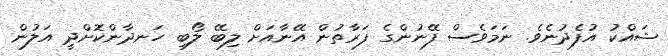
ޝައްކު އުފެދުނެވެ. ނަމަވެސް ފޭނުންގެ ފަރާތުން އޭނާއަށް ލިބޭ ލޯބި ހަނދާންކޮށްދީ އަލުން